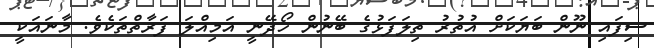
ސިފައި ނޫން ބަޔަކަށް އުތުރު ތިލަފަޅުގެ ބޭނުން ހޯދޭނީ އަމިއްލަ ފަރާތްތަކެވެ. މާނައަކީ